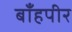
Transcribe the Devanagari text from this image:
बाँहपीर